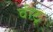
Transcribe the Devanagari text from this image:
वीठू